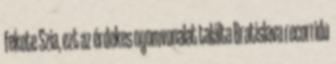
fekete Szia, ezt az érdekes nyomvonalat találta Bratislava recorrido